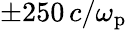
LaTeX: \pm 250\, c/\omega_{\mathrm{p}}